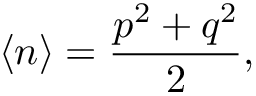
\left< n \right> = \frac { p ^ { 2 } + q ^ { 2 } } { 2 } ,